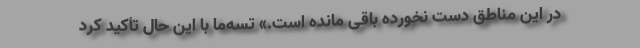
در این مناطق دست نخورده باقی مانده است.» تسه‌ما با این حال تأکید کرد